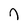
Character: n